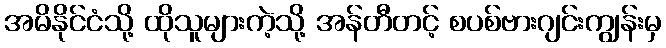
အမိနိုင်ငံသို့ ထိုသူများကဲ့သို့ အန်တီတင့် စပစ်ဗားဂျင်းကျွန်းမှ